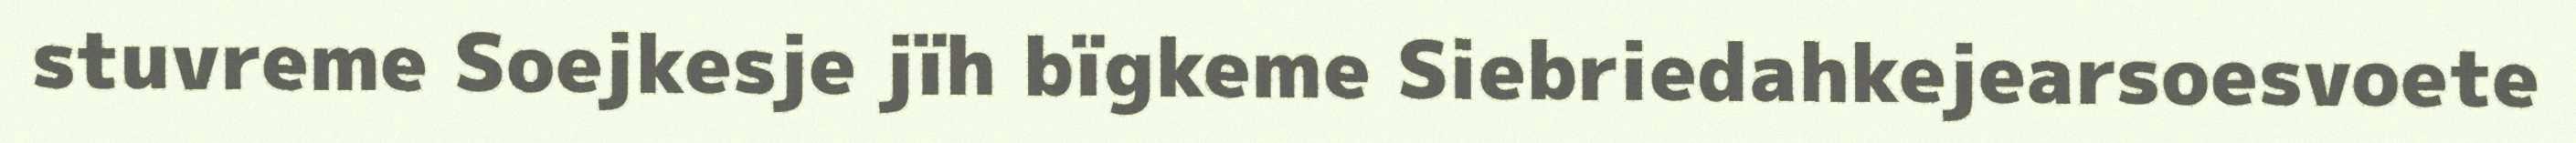
stuvreme Soejkesje jïh bïgkeme Siebriedahkejearsoesvoete